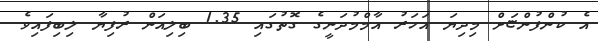
އެ ކުންފުންޏަށް މިދިޔަ އަހަރު އާމްމުދަނީގެ ގޮތުގައި 1.35 ބިލިއަން ރުފިޔާ ލިބިފައިވެ